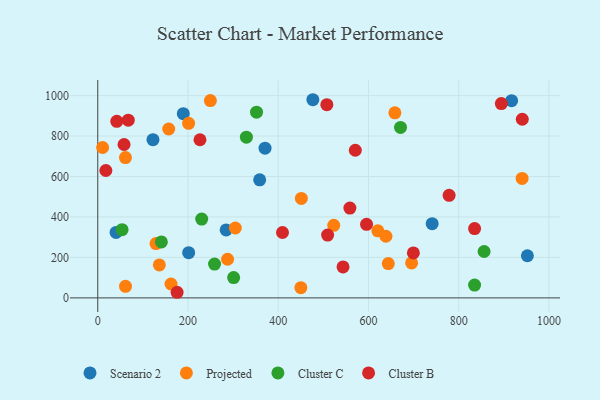
{"axis": {"x": "Experience", "y": "Exam Score"}, "legend": ["Cluster B", "Cluster C", "Projected", "Scenario 2"], "data": [{"x": "358.9", "y": 583.5, "type": "Scenario 2"}, {"x": "952.3", "y": 208.2, "type": "Scenario 2"}, {"x": "40.6", "y": 323.3, "type": "Scenario 2"}, {"x": "284.6", "y": 335.7, "type": "Scenario 2"}, {"x": "189.6", "y": 910.6, "type": "Scenario 2"}, {"x": "741.3", "y": 366.8, "type": "Scenario 2"}, {"x": "122.4", "y": 782.1, "type": "Scenario 2"}, {"x": "201.5", "y": 223.4, "type": "Scenario 2"}, {"x": "370.8", "y": 740.0, "type": "Scenario 2"}, {"x": "917.3", "y": 974.8, "type": "Scenario 2"}, {"x": "476.8", "y": 979.5, "type": "Scenario 2"}, {"x": "644.0", "y": 169.6, "type": "Projected"}, {"x": "940.6", "y": 590.6, "type": "Projected"}, {"x": "638.8", "y": 304.7, "type": "Projected"}, {"x": "658.6", "y": 914.5, "type": "Projected"}, {"x": "304.9", "y": 345.3, "type": "Projected"}, {"x": "157.3", "y": 834.7, "type": "Projected"}, {"x": "61.5", "y": 57.0, "type": "Projected"}, {"x": "10.8", "y": 743.4, "type": "Projected"}, {"x": "136.5", "y": 163.0, "type": "Projected"}, {"x": "249.7", "y": 975.2, "type": "Projected"}, {"x": "523.1", "y": 358.6, "type": "Projected"}, {"x": "61.4", "y": 693.3, "type": "Projected"}, {"x": "620.8", "y": 331.6, "type": "Projected"}, {"x": "162.4", "y": 68.5, "type": "Projected"}, {"x": "129.2", "y": 268.2, "type": "Projected"}, {"x": "450.2", "y": 50.2, "type": "Projected"}, {"x": "287.7", "y": 191.0, "type": "Projected"}, {"x": "201.4", "y": 862.9, "type": "Projected"}, {"x": "695.7", "y": 172.6, "type": "Projected"}, {"x": "451.3", "y": 491.7, "type": "Projected"}, {"x": "53.9", "y": 337.2, "type": "Cluster C"}, {"x": "671.1", "y": 842.8, "type": "Cluster C"}, {"x": "301.2", "y": 100.5, "type": "Cluster C"}, {"x": "230.4", "y": 389.4, "type": "Cluster C"}, {"x": "835.3", "y": 63.4, "type": "Cluster C"}, {"x": "856.4", "y": 229.2, "type": "Cluster C"}, {"x": "352.0", "y": 918.0, "type": "Cluster C"}, {"x": "141.0", "y": 276.4, "type": "Cluster C"}, {"x": "258.9", "y": 167.3, "type": "Cluster C"}, {"x": "329.5", "y": 794.2, "type": "Cluster C"}, {"x": "409.5", "y": 323.1, "type": "Cluster B"}, {"x": "699.6", "y": 222.3, "type": "Cluster B"}, {"x": "58.3", "y": 758.2, "type": "Cluster B"}, {"x": "894.6", "y": 960.5, "type": "Cluster B"}, {"x": "18.0", "y": 629.7, "type": "Cluster B"}, {"x": "835.3", "y": 342.4, "type": "Cluster B"}, {"x": "509.5", "y": 310.3, "type": "Cluster B"}, {"x": "42.2", "y": 872.5, "type": "Cluster B"}, {"x": "67.6", "y": 878.2, "type": "Cluster B"}, {"x": "570.9", "y": 729.8, "type": "Cluster B"}, {"x": "175.9", "y": 27.7, "type": "Cluster B"}, {"x": "226.6", "y": 781.6, "type": "Cluster B"}, {"x": "558.9", "y": 443.8, "type": "Cluster B"}, {"x": "507.8", "y": 955.0, "type": "Cluster B"}, {"x": "941.0", "y": 883.0, "type": "Cluster B"}, {"x": "778.8", "y": 506.9, "type": "Cluster B"}, {"x": "595.8", "y": 363.4, "type": "Cluster B"}, {"x": "543.7", "y": 152.9, "type": "Cluster B"}]}